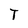
Character: T